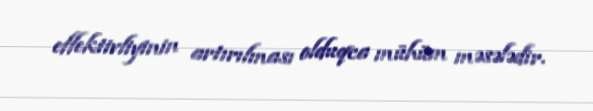
effektivliyinin artırılması olduqca mühüm məsələdir.